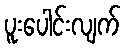
ပူးပေါင်းလျက်